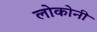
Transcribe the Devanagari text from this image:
लोकोनी